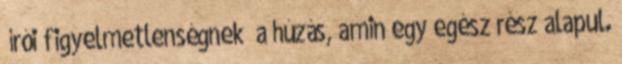
“írói figyelmetlenségnek” a húzás, amin egy egész rész alapul.